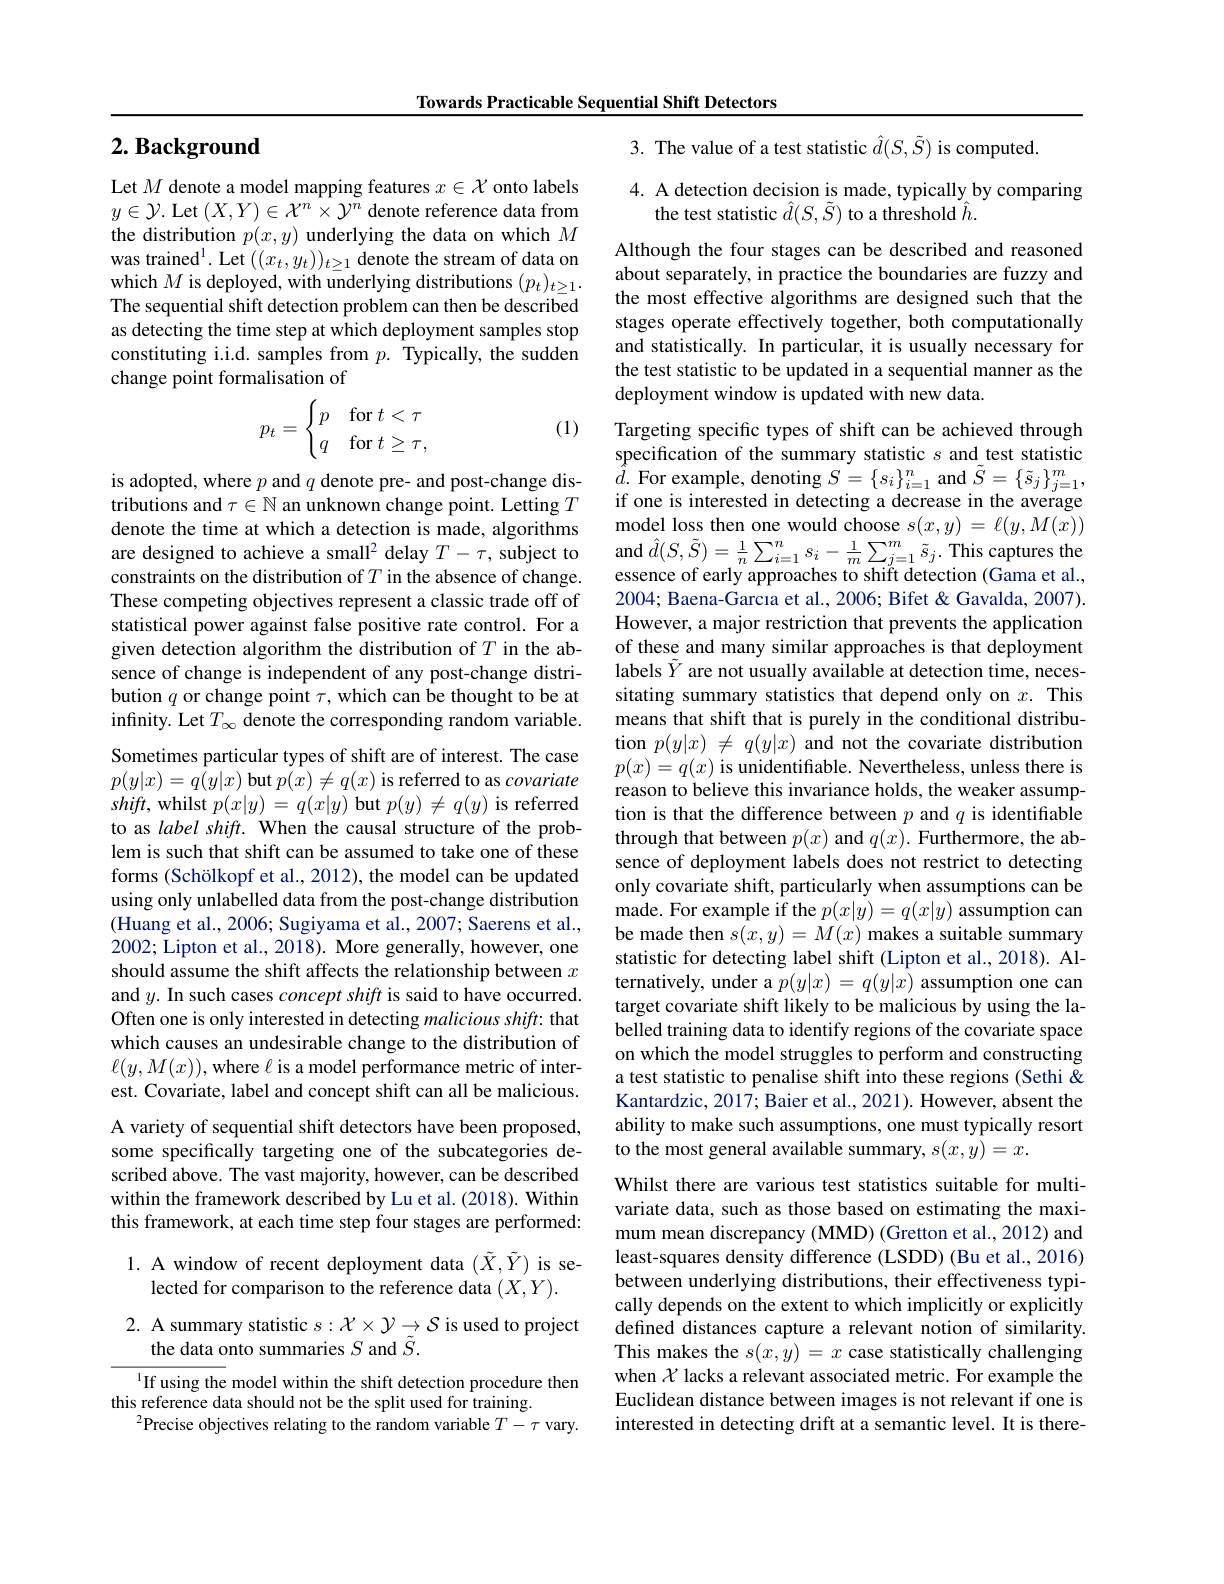
Towards Practicable Sequential Shift Detectors

## $2. \textbf{Background}$

Let $M$ denote a model mapping features $x\in\mathcal{X}$ onto labels $y\in\mathcal{Y}.$ Let $(X,Y)\in\mathcal{X}^n\times\mathcal{Y}^n$ denote reference data from the distribution $p(x,y)$ underlying the data on which $M$ was trained$^1.$ Let $((x_t,y_t))_{t\geq1}$ denote the stream of data on which $M$ is deployed, with underlying distributions $(p_t)_{t\geq1}.$ The sequential shift detection problem can then be described as detecting the time step at which deployment samples stop constituting i.i.d. samples from $p.$ Typically, the sudden change point formalisation of
$$p_t=\begin{cases}p&\text{for}t<\tau\\q&\text{for}t\ge\tau,\end{cases}$$
(1)

is adopted, where $p$ and $q$ denote pre- and post-change distributions and $\tau\in\mathbb{N}$ an unknown change point. Letting $T$ denote the time at which a detection is made, algorithms are designed to achieve a small$^2$ delay $T-\tau$, subject to constraints on the distribution of $T$ in the absence of change. These competing objectives represent a classic trade off of statistical power against false positive rate control. For a given detection algorithm the distribution of $T$ in the absence of change is independent of any post-change distribution $q$ or change point $\tau$,which can be thought to be at infinity. Let $T_\infty$ denote the corresponding random variable. Sometimes particular types of shift are of interest. The case $p(y|x)=q(y|x)$ but $p(x)\neq q(x)$ is referred to as covariate $shift$, whilst $p(x|y)=q(x|y)$ but $p(y)\neq q(y)$ is referred to as label shift. When the causal structure of the problem is such that shift can be assumed to take one of these forms (Schölkopf et al., 2012), the model can be updated using only unlabelled data from the post-change distribution (Huang et al., 2006; Sugiyama et al., 2007; Saerens et al., 2002; Lipton et al., 2018). More generally, however, one should assume the shift affects the relationship between $x$ and $y.$ In such cases concept shift is said to have occurred. Often one is only interested in detecting malicious shift: that which causes an undesirable change to the distribution of $\ell(y,M(x))$,where $\ell$ is a model performance metric of interest. Covariate, label and concept shift can all be malicious. A variety of sequential shift detectors have been proposed, some specifically targeting one of the subcategories described above. The vast majority, however, can be described within the framework described by Lu et al. (2018). Within this framework, at each time step four stages are performed: 1. A window of recent deployment data $(\tilde{X},\tilde{Y})$ is se-
lected for comparison to the reference data $(X,Y).$
2. A summary statistic $s:\mathcal{X}\times\mathcal{Y}\to\mathcal{S}$ is used to project
the data onto summaries $S$ and $\tilde{S}.$

If using the model within the shift detection procedure then
this reference data should not be the split used for training.
$^{2}$Precise objectives relating to the random variable $T-\tau$ vary.

3. The value of a test statistic $\hat{d}(S,\tilde{S})$ is computed

4. A detection decision is made, typically by comparing
the test statistic $\hat{d}(S,\tilde{S})$ to a threshold $\hat{h}.$

Although the four stages can be described and reasoned about separately, in practice the boundaries are fuzzy and the most effective algorithms are designed such that the stages operate effectively together, both computationally and statistically. In particular, it is usually necessary for the test statistic to be updated in a sequential manner as the deployment window is updated with new data.

Targeting specific types of shift can be achieved through specification of the summary statistic $s$ and test statistic $\hat{d}.$For example, denoting $S=\{s_i\}_{i=1}^{n}$ and $\tilde{S}=\{\tilde{s}_j\}_{j=1}^{m}$, if one is interested in detecting a decrease in the average model loss then one would choose $s(x,y)=\ell(y,M(x))$ and $\hat{d}(S,\tilde{S})=\frac1n\sum_{i=1}^{n}s_{i}-\frac1m\sum_{j=1}^{m}\tilde{s}_{j}.$ This captures the essence of early approaches to shift detection (Gama et al., 2004; Baena-Garcıa et al., 2006; Bifet & Gavalda, 2007). However, a major restriction that prevents the application of these and many similar approaches is that deployment labels $\tilde{Y}$ are not usually available at detection time, necessitating summary statistics that depend only on $x.$ This means that shift that is purely in the conditional distribution $p(y|x)\not=q(y|x)$ and not the covariate distribution $p(x)=q(x)$ is unidentifable. Nevertheless, unless there is reason to believe this invariance holds, the weaker assumption is that the difference between $p$ and $q$ is identifiable through that between $p(x)$ and $q(x).$ Furthermore, the absence of deployment labels does not restrict to detecting only covariate shift, particularly when assumptions can be made. For example if the $p(x|y)=q(x|y)$ assumption can be made then $s(x,y)=M(x)$ makes a suitable summary statistic for detecting label shift (Lipton et al., 2018). Alternatively, under a $p(y|x)=q(y|x)$ assumption one can target covariate shift likely to be malicious by using the labelled training data to identify regions of the covariate space on which the model struggles to perform and constructing a test statistic to penalise shift into these regions (Sethi & Kantardzic, 2017; Baier et al., 2021). However, absent the ability to make such assumptions, one must typically resort to the most general available summary, $s(x,y)=x.$
Whilst there are various test statistics suitable for multivariate data, such as those based on estimating the maximum mean discrepancy (MMD) (Gretton et al.,2012) and least-squares density difference (LSDD) (Bu et al., 2016) between underlying distributions, their effectiveness typically depends on the extent to which implicitly or explicitly defined distances capture a relevant notion of similarity. This makes the $s(x,y)=x$ case statistically challenging when $\mathcal{X}$ lacks a relevant associated metric. For example the Euclidean distance between images is not relevant if one is interested in detecting drift at a semantic level. It is there-